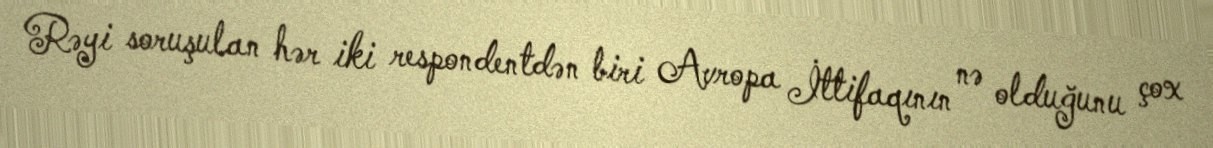
Rəyi soruşulan hər iki respondentdən biri Avropa İttifaqının nə olduğunu çox